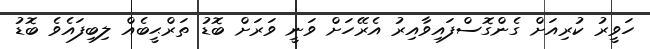
ހަވީރު ކުރިއަށް ގެންގޮސްފައިވާއިރު އެރޭހަށް ވަނީ ވަރަށް ބޮޑު ތަރްޙީބެއް ލިބިފައެވެ ބޮޑު